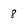
Character: 8